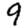
Digit: 9